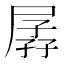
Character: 孱